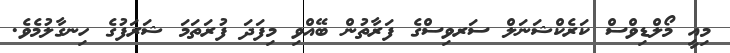
މިއީ މޯލްޑިވްސް ކަރެކްޝަނަލް ސަރވިސްގެ ފަރާތުން ބޭއްވި މިފަދަ ފުރަތަމަ ޝަރަފުގެ ހިނގާލުމެވެ.